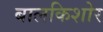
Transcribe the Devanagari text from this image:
बालकिशोर